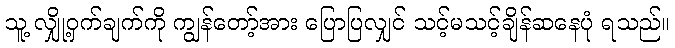
သူ့ လျှို့ဝှက်ချက်ကို ကျွန်တော့်အား ပြောပြလျှင် သင့်မသင့်ချိန်ဆနေပုံ ရသည်။